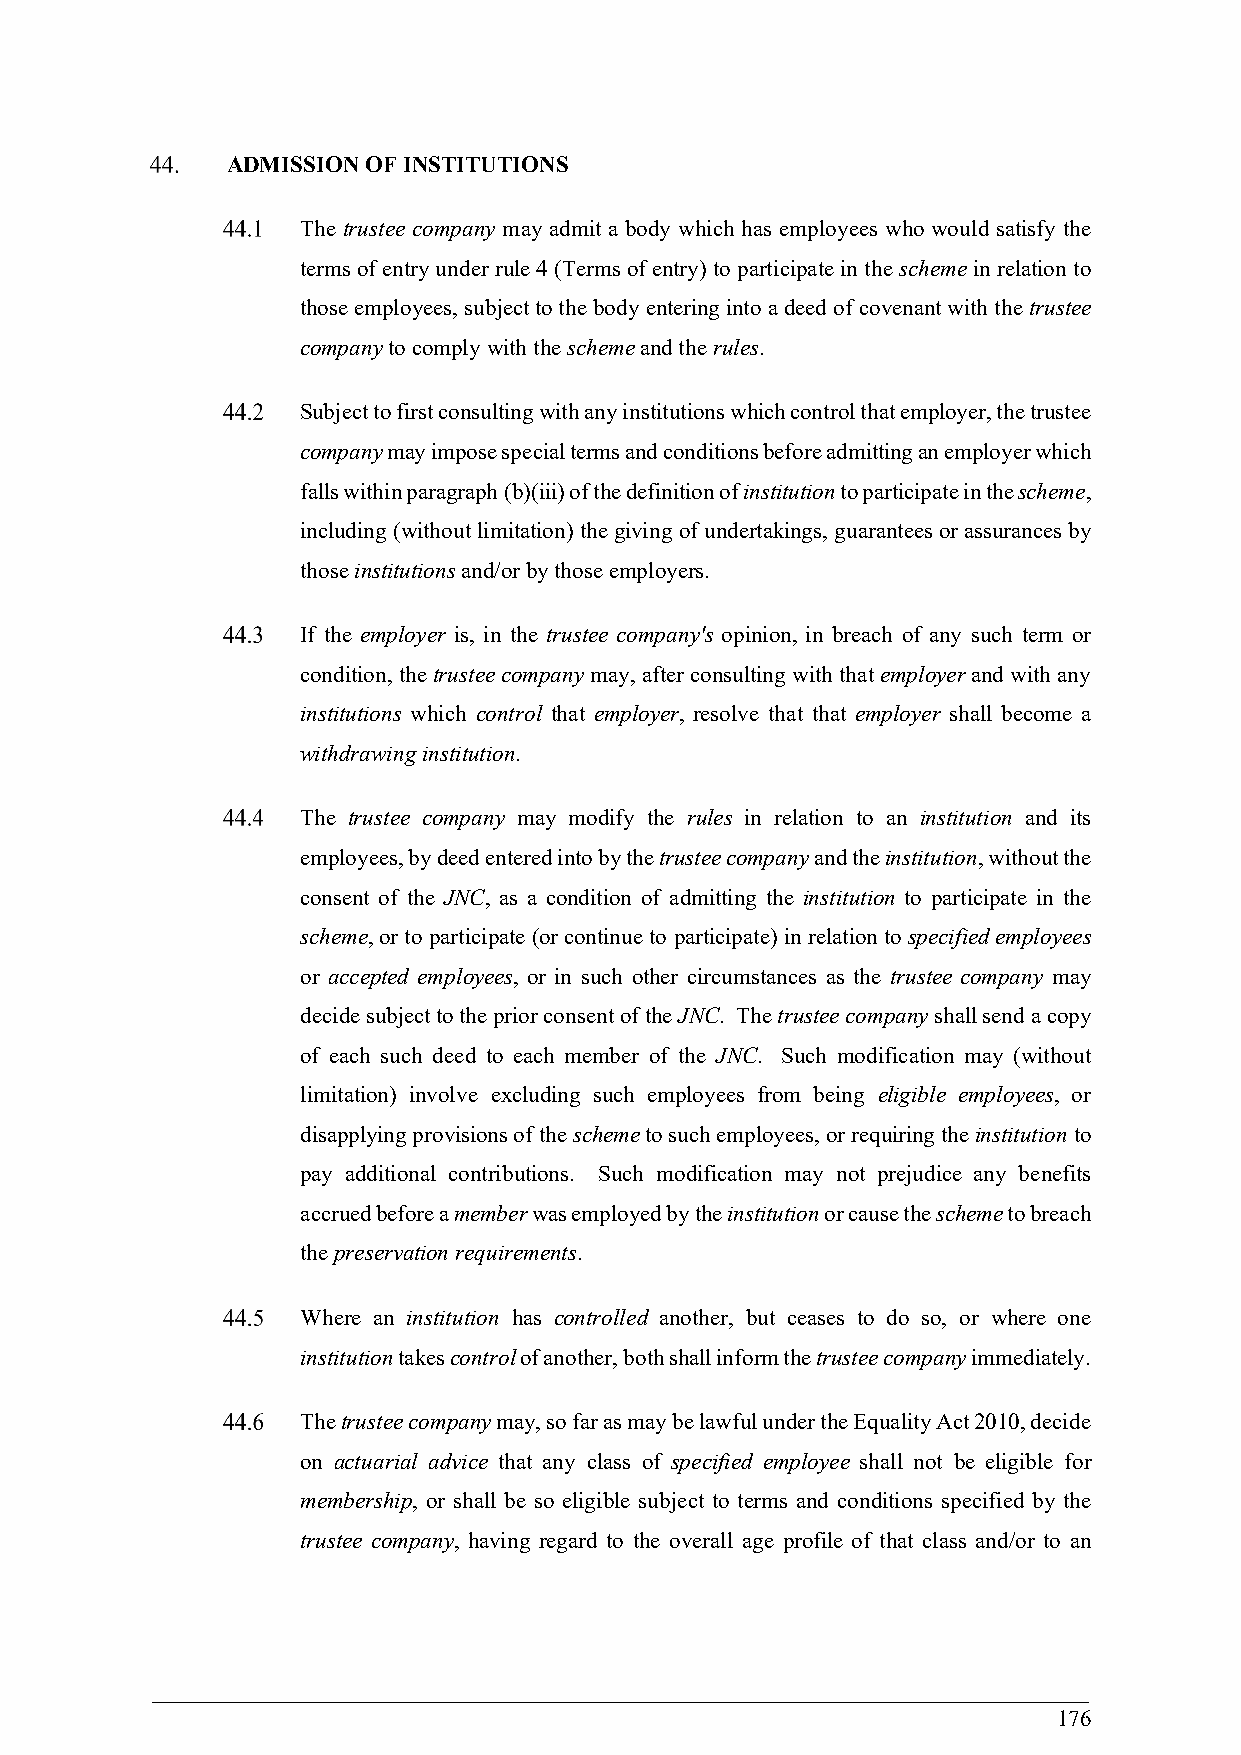
ADMISSION OF INSTITUTIONS
 The trustee company may admit a body which has employees who would satisfy the
 terms of entry under rule 4 (Terms of entry) to participate in the scheme in relation to
 those employees, subject to the body entering into a deed of covenant with the trustee
 company to comply with the scheme and the rules.
 Subject to first consulting with any institutions which control that employer, the trustee
 company may impose special terms and conditions before admitting an employer which
 falls within paragraph (b)(iii) of the definition of institution to participate in the scheme,
 including (without limitation) the giving of undertakings, guarantees or assurances by
 those institutions and/or by those employers.
 If the employer is, in the trustee company's opinion, in breach of any such term or
 condition, the trustee company may, after consulting with that employer and with any
 institutions which control that employer, resolve that that employer shall become a
 withdrawing institution.
 The trustee company may modify the rules in relation to an institution and its
 employees, by deed entered into by the trustee company and the institution, without the
 consent of the JNC, as a condition of admitting the institution to participate in the
 scheme, or to participate (or continue to participate) in relation to specified employees
 or accepted employees, or in such other circumstances as the trustee company may
 decide subject to the prior consent of the JNC. The trustee company shall send a copy
 of each such deed to each member of the JNC. Such modification may (without
 limitation) involve excluding such employees from being eligible employees, or
 disapplying provisions of the scheme to such employees, or requiring the institution to
 pay additional contributions. Such modification may not prejudice any benefits
 accrued before a member was employed by the institution or cause the scheme to breach
 the preservation requirements.
 Where an institution has controlled another, but ceases to do so, or where one
 institution takes control of another, both shall inform the trustee company immediately.
 The trustee company may, so far as may be lawful under the Equality Act 2010, decide
 on actuarial advice that any class of specified employee shall not be eligible for
 membership, or shall be so eligible subject to terms and conditions specified by the
 trustee company, having regard to the overall age profile of that class and/or to an
 176